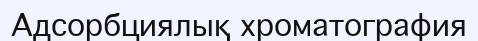
Адсорбциялық хроматография